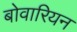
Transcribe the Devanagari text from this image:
बोवारियन